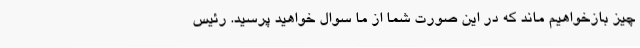
چیز بازخواهیم ماند که در این صورت شما از ما سوال خواهید پرسید. رئیس